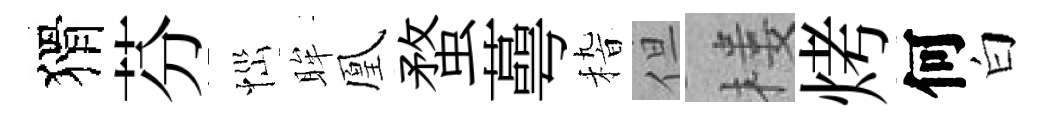
猾芬𢙉眸凰蝥蕚𥟵但楼烤何白